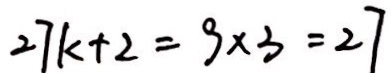
2 7 k + 2 = 9 \times 3 = 2 7